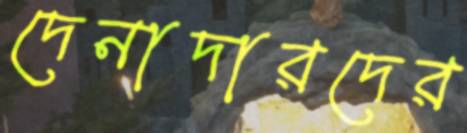
দেনাদারদের